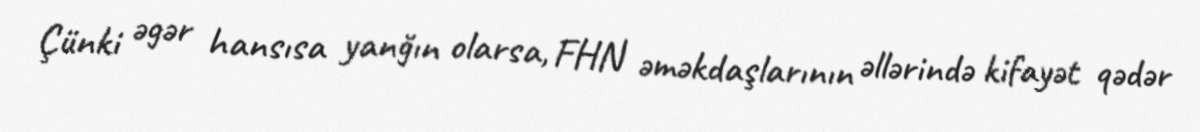
Çünki əgər hansısa yanğın olarsa, FHN əməkdaşlarının əllərində kifayət qədər